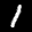
Label: 1